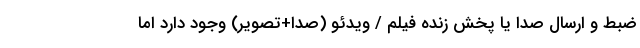
ضبط و ارسال صدا یا پخش زنده فیلم / ویدئو (صدا+تصویر) وجود دارد اما